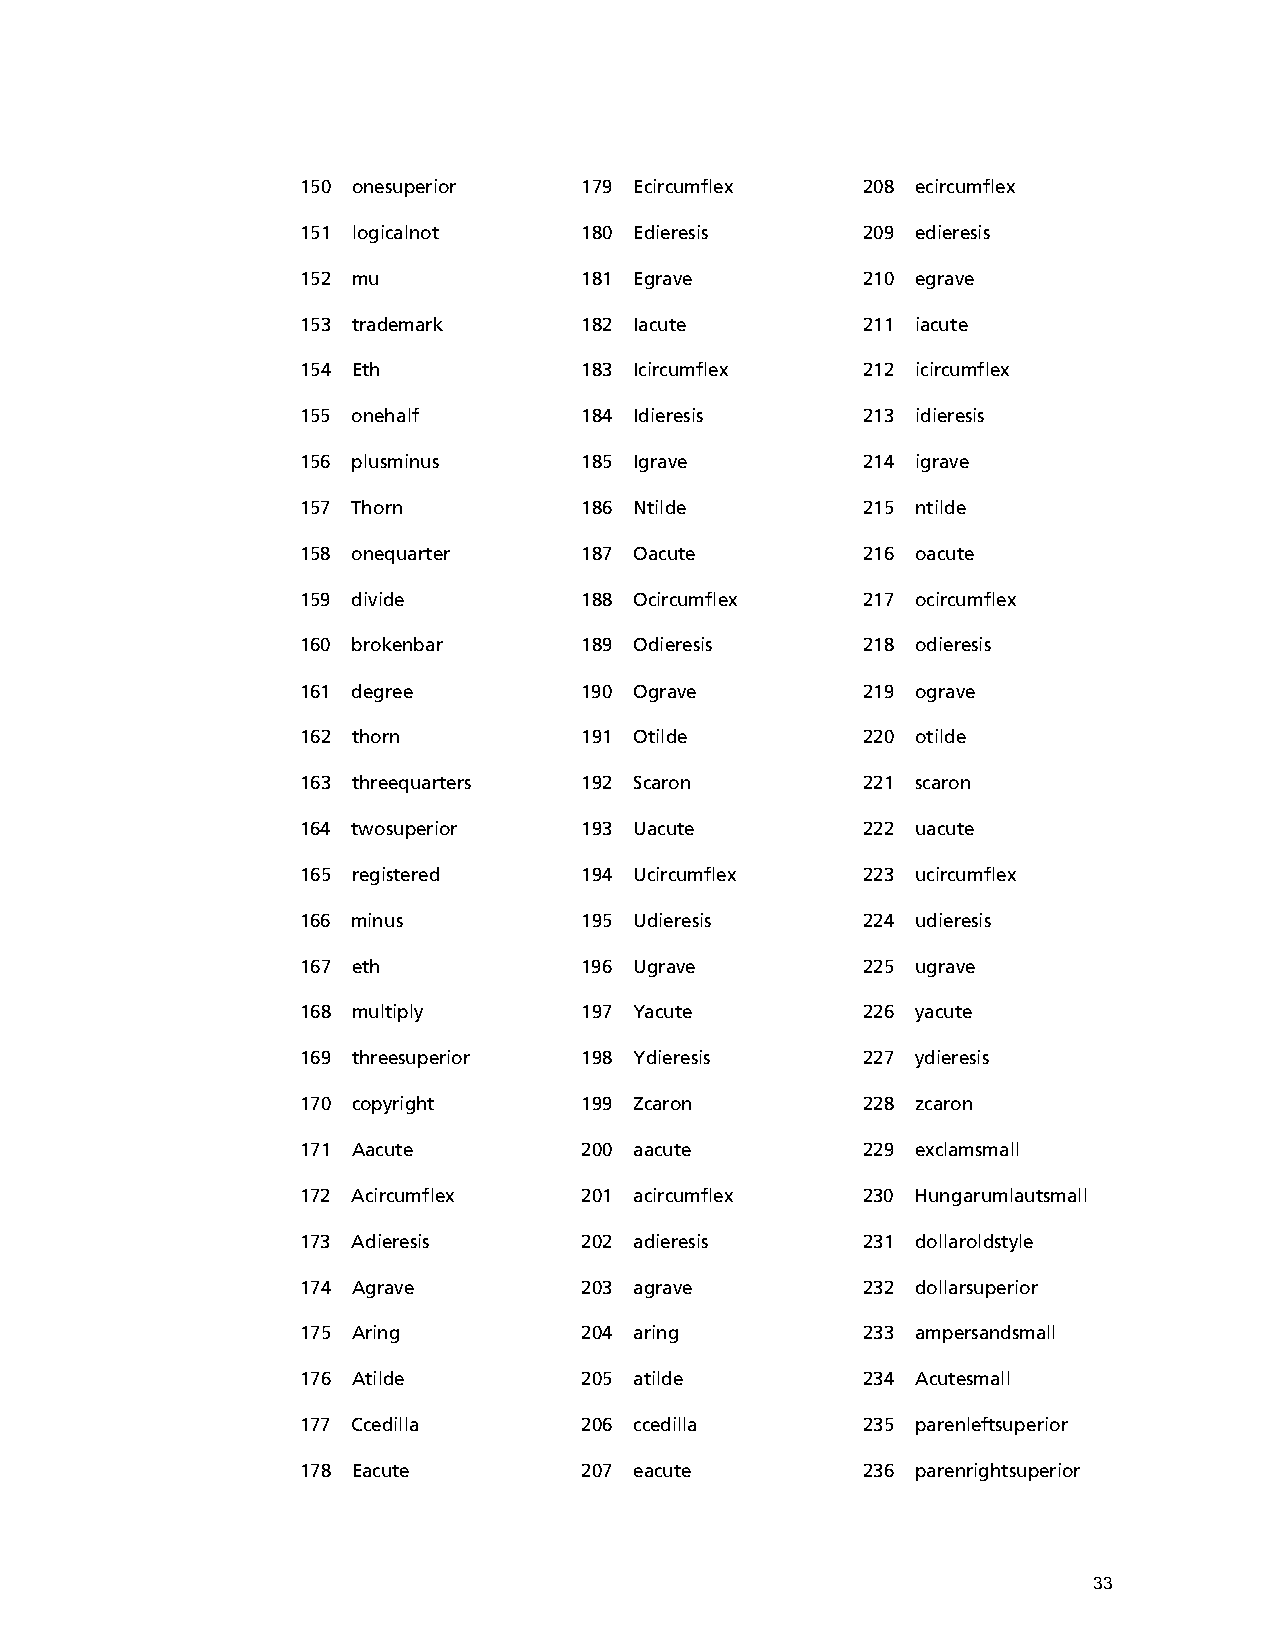
150 onesuperior   179 Ecircumflex    208 ecircumflex
 151 logicalnot    180 Edieresis      209 edieresis
 152 mu            181 Egrave         210 egrave
 153 trademark     182 Iacute         211 iacute
 154 Eth           183 Icircumflex    212 icircumflex
 155 onehalf       184 Idieresis      213 idieresis
 156 plusminus     185 Igrave         214 igrave
 157 Thorn         186 Ntilde         215 ntilde
 158 onequarter    187 Oacute         216 oacute
 159 divide        188 Ocircumflex    217 ocircumflex
 160 brokenbar     189 Odieresis      218 odieresis
 161 degree        190 Ograve         219 ograve
 162 thorn         191 Otilde         220 otilde
 163 threequarters 192 Scaron         221 scaron
 164 twosuperior   193 Uacute         222 uacute
 165 registered    194 Ucircumflex    223 ucircumflex
 166 minus         195 Udieresis      224 udieresis
 167 eth           196 Ugrave         225 ugrave
 168 multiply      197 Yacute         226 yacute
 169 threesuperior 198 Ydieresis      227 ydieresis
 170 copyright     199 Zcaron         228 zcaron
 171 Aacute        200 aacute         229 exclamsmall
 172 Acircumflex   201 acircumflex    230 Hungarumlautsmall
 173 Adieresis     202 adieresis      231 dollaroldstyle
 174 Agrave        203 agrave         232 dollarsuperior
 175 Aring         204 aring          233 ampersandsmall
 176 Atilde        205 atilde         234 Acutesmall
 177 Ccedilla      206 ccedilla       235 parenleftsuperior
 178 Eacute        207 eacute         236 parenrightsuperior
 33